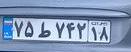
۷۵ط۷۴۲۱۸